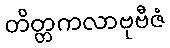
တိတ္တကလာဗုဗီဇံ